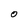
Character: 0